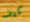
كيف